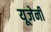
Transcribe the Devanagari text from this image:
यूजेनी